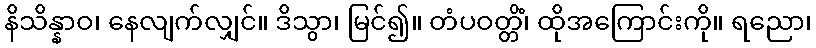
နိသိန္နာဝ၊ နေလျက်လျှင်။ ဒိသွာ၊ မြင်၍။ တံပဝတ္တိံ၊ ထိုအကြောင်းကို။ ရညော၊